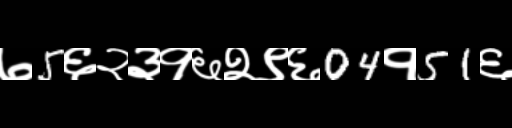
Text: ७5६२३१६२९६04१51६